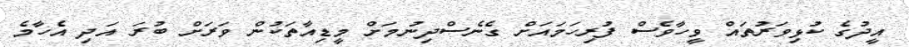
އީދުގެ ކުޅިވަރުތައް ވީހާވެސް ފުރިހަމައަށް ގެނެސްދިނުމަށް މީޑިއާތަކުން ވަރަށް ބުރަ އަދި އެހާމެ